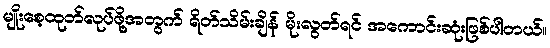
မျိုးစေ့ထုတ်လုပ်ဖို့အတွက် ရိတ်သိမ်းချိန် မိုးလွတ်ရင် အကောင်းဆုံးဖြစ်ပါတယ်။